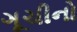
ગૂચીનો